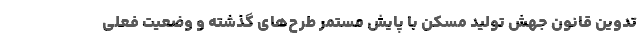
تدوین قانون جهش تولید مسکن با پایش مستمر طرح‌های گذشته و وضعیت فعلی